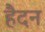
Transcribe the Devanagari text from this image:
हैदन